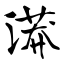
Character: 漭